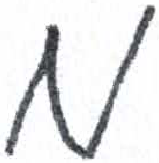
אות: מ